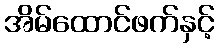
အိမ်ထောင်ဖက်နှင့်